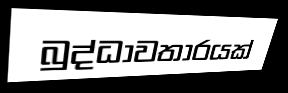
බුද්ධාවතාරයක්